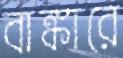
বাঙ্কারে